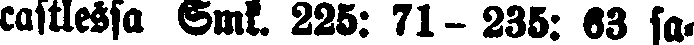
castlessa Smk. 225: 71- 235: 63 sa-